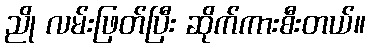
ညို လမ်းဖြတ်ပြီး ဆိုက်ကားစီးတယ်။